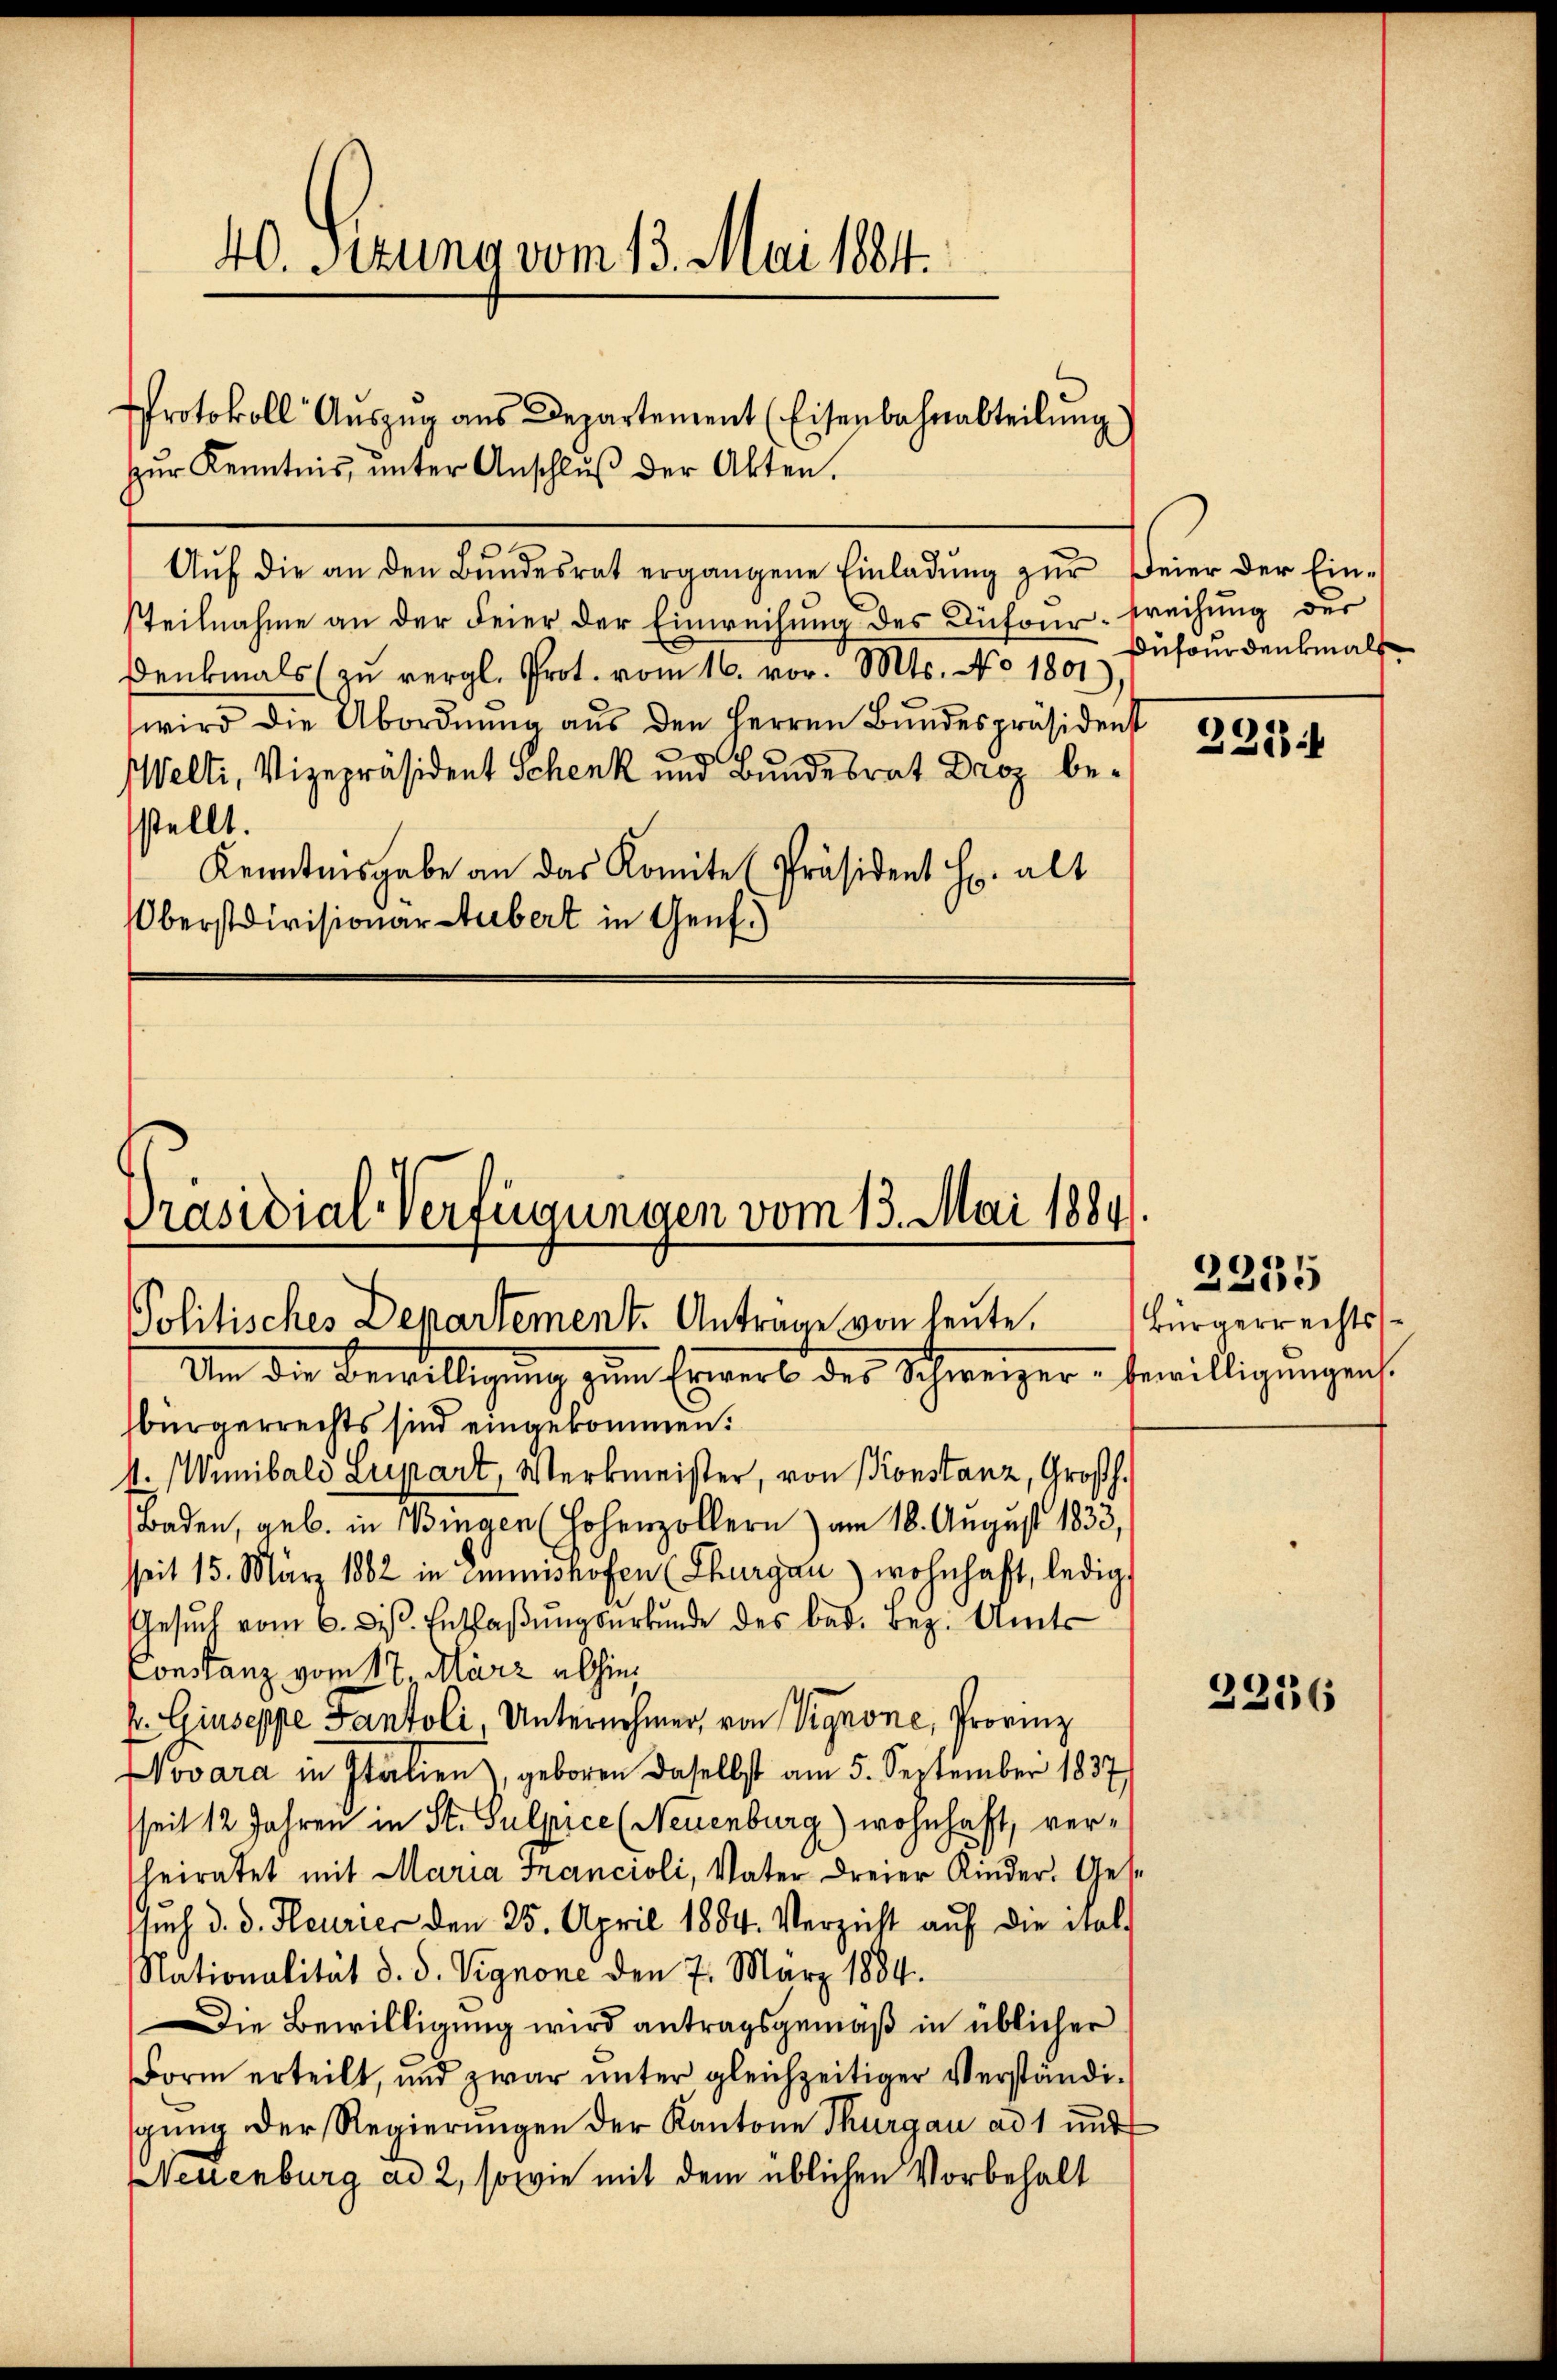
40. Secuno vom 13. Mai 184.
Protokoll Aŭszŭg aŭs Departement (Eisenbahnabteilŭng

zŭr Kenntnis, unter Anschlŭβ der Akten.
Aŭf die an den Bŭndesrat ergangene Einladŭng zŭr Feier der Ein-
steilnahme an der Feier der Einweisung des Dufour¬
Denkmals zŭ vergl. Prot. vom 16. vor. Mts. No 1801.
wird die Abordnŭng aŭs den Herren Bŭndespräsidenst
Welti, Vizepräsident Schenk und Bundesrat Droz bestellt.
Kenntnisgabe an das Komite Präsident H. alt
Oberstdivisionar-Hubert in Genf.)

Präsidial-Verfügungen vom 13. Mai 1884/
Politisches Departement. Anträge von heute. Bürgerrechts¬

Um die Bewilligung zum Erwerb des Schweizer-Bewilligungen
bürgerrechts sind eingekommen.
4. Winibali Lupart, Werkmeister, von Konstanz, Großh.
Baden, geb. in Bingen Hohenzollern) am 18. August 1833,
sseit 15. März 1882 in eminishofen (Thurgau) wohnhaft, ledig
Gesŭch vom 6. dβ. Entlaβŭngsŭrkŭnde des bad. Bez. Amts
Constanz vom 17. März abhin¬
E Giuseppe Pantoli, Unternehmer, von Vignone, Provinz
Novara in Italien, geboren daselbst am 5. September 1837
seit 12 Jahren in St. Sulpice (Neuenburg) wohnhaft, verheiratet mit Maria Francioli, Vater dreier Kinder. Gese
sieh d. d. Heurier den 25. April 1884. Verzicht aŭf die Sal-
Nationalität d. d. Vignone den 7. März 1884.
Die Bewilligung wird antragsgemäß in üblicher
Form erteilt, und zwar ŭnter gleichzeitiger Verständi-
gung der Regierungen der Kantone Thurgau ad 1 und
Neuenburg ad 2, sowie mit dem üblichen Vorbehalt

reihung der
Dufour denkmals

2234

2235

2236